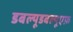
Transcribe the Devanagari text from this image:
डबल्यूडबल्यूएफ़